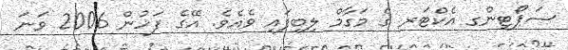
ސަޕޯޓިންގ އެކްޓަރ ގެ މަގާމް ލިބިފައި ވެއެވެ. އޭގެ ފަހުން 2006 ވަނަ